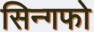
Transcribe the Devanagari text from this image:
सिन्गफो